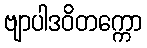
ဗျာပါဒဝိတက္ကော